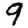
Digit: 9